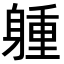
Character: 𨉢